Reports on dispensaries and lunatic asylums in the Province of Oudh - 1869-1876
Year: 1869
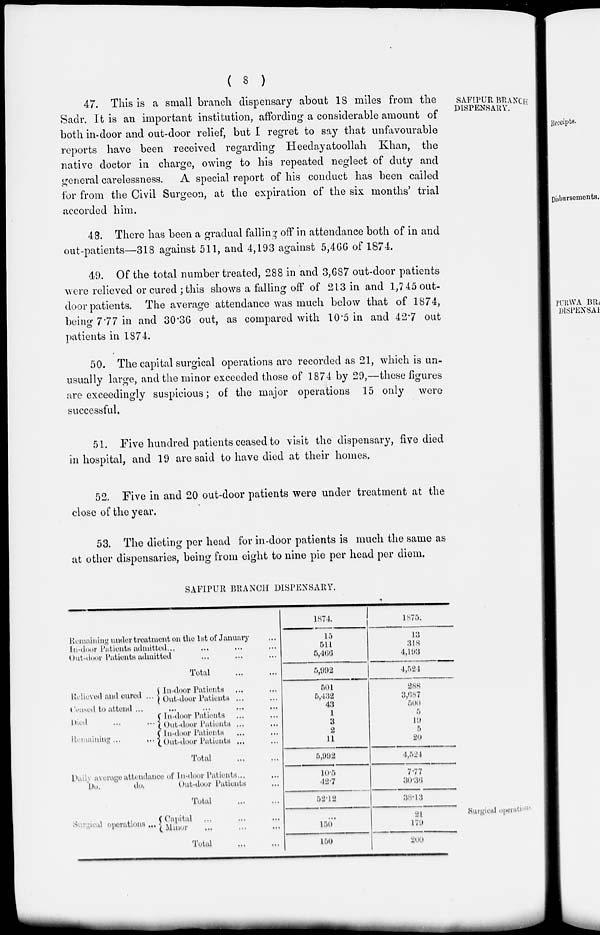
( 8 )
SAFIPUR BRANCH
DISPENSARY.
47. This is a small branch dispensary about 18 miles from the
Sadr. It is an important institution, affording a considerable amount of
both in-door and out-door relief, but I regret to say that unfavourable
reports have been received regarding Heedayatoollah Khan, the
native doctor in charge, owing to his repeated neglect of duty and
general carelessness. A special report of his conduct has been called
for from the Civil Surgeon, at the expiration of the six months trial
accorded him.
48. There has been a gradual falling off in attendance both of in and
out-patients—318 against 511, and 4,193 against 5,466 of 1874.
49. Of the total number treated, 288 in and 3,687 out-door patients
were relieved or cured ; this shows a falling off of 213 in and 1,745 out-
door patients. The average attendance was much below that of 1874,
being 7.77 in and 30.36 out, as compared with 10.5 in and 42.7 out
patients in 1874.
50. The capital surgical operations are recorded as 21, which is un-
usually large, and the minor exceeded those of 1874 by 29,—these figures
are exceedingly suspicious; of the major operations 15 only were
successful.
51. Five hundred patients ceased to visit the dispensary, five died
in hospital, and 19 are said to have died at their homes.
52. Five in and 20 out-door patients were under treatment at the
close of the year.
53. The dieting per head for in-door patients is much the same as
at other dispensaries, being from eight to nine pie per head per diem.
SAFIPUR BRANCH DISPENSARY.
Remaining under treatment on the 1st of January ...
In-door Patients admitted ... ... ... ...
Out-door Patients admitted ... ... ...
Total
...
...
Relived and cured ...
In-door Patients ... ...
Out-door Patients ... ...
Ceased to attend ... ... ... ... ...
Died
...
...
Remaining ...
...
In-door Patients ... ...
Out-door Patients ... ...
In-door Patients ... ...
Out-door Patients ... ...
Total
...
...
Daily average attendance of In-door Patients ... ...
Do.
do.
Out-door Patients ...
Total
...
...
1874.
15
511
5,466
5,992
501
5,432
43
1
3
2
11
5,992
10.5
42.7
52.12
1875.
13
318
4,193
4,524
288
3,687
500
5
19
5
20
4,524
7.77
30.36
38.13
Surgical operations.
Sergical operations ... Capital ... ... ...
Minor ... ... ...
Total ... ...
...
150
150
21
179
200